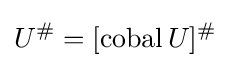
U^{\#}=[\operatorname {cobal} U]^{\#}